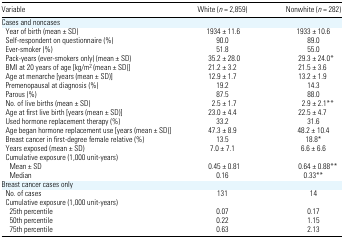
<table><thead><tr><td><b>Variable</b></td><td><b>White (<i>n</i> = 2,859)</b></td><td><b>Nonwhite (<i>n</i> = 282)</b></td></tr></thead><tbody><tr><td colspan="3">Cases and noncases</td></tr><tr><td> Year of birth (mean ± SD)</td><td>1934 ± 11.6</td><td>1933 ± 10.6</td></tr><tr><td> Self-respondent on questionnaire (%)</td><td>90.0</td><td>89.0</td></tr><tr><td> Ever-smoker (%)</td><td>51.8</td><td>55.0</td></tr><tr><td> Pack-years (ever-smokers only) (mean ± SD)</td><td>35.2 ± 28.0</td><td>29.3 ± 24.0*</td></tr><tr><td> BMI at 20 years of age [kg/m<sup>2</sup> (mean ± SD)]</td><td>21.2 ± 3.2</td><td>21.5 ± 3.6</td></tr><tr><td> Age at menarche [years (mean ± SD)]</td><td>12.9 ± 1.7</td><td>13.2 ± 1.9</td></tr><tr><td> Premenopausal at diagnosis (%)</td><td>19.2</td><td>14.3</td></tr><tr><td> Parous (%)</td><td>87.5</td><td>88.0</td></tr><tr><td> No. of live births (mean ± SD)</td><td>2.5 ± 1.7</td><td>2.9 ± 2.1**</td></tr><tr><td> Age at first live birth [years (mean ± SD)]</td><td>23.0 ± 4.4</td><td>22.5 ± 4.7</td></tr><tr><td> Used hormone replacement therapy (%)</td><td>33.2</td><td>31.6</td></tr><tr><td> Age began hormone replacement use [years (mean ± SD)]</td><td>47.3 ± 8.9</td><td>48.2 ± 10.4</td></tr><tr><td> Breast cancer in first-degree female relative (%)</td><td>13.5</td><td>18.8*</td></tr><tr><td> Years exposed (mean ± SD)</td><td>7.0 ± 7.1</td><td>6.6 ± 6.6</td></tr><tr><td colspan="3"> Cumulative exposure (1,000 unit-years)</td></tr><tr><td>Mean ± SD</td><td>0.45 ± 0.81</td><td>0.64 ± 0.88**</td></tr><tr><td>Median</td><td>0.16</td><td>0.33**</td></tr><tr><td colspan="3">Breast cancer cases only</td></tr><tr><td> No. of cases</td><td>131</td><td>14</td></tr><tr><td colspan="3"> Cumulative exposure (1,000 unit-years)</td></tr><tr><td>25th percentile</td><td>0.07</td><td>0.17</td></tr><tr><td>50th percentile</td><td>0.22</td><td>1.15</td></tr><tr><td>75th percentile</td><td>0.63</td><td>2.13</td></tr></tbody></table>